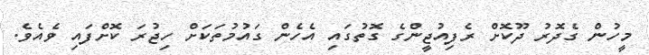
މީހުން ގެދޮރު ދޫކޮށް ރެފިއުޖީންގެ ގޮތުގައި އެހެން ގައުމުތަކަށް ހިޖުރަ ކޮށްފައި ވެއެވެ.